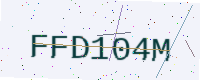
Text: FFD104M